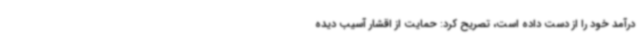
درآمد خود را از دست داده است، تصریح کرد: حمایت از اقشار آسیب دیده